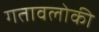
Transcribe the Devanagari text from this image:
गतावलोकी